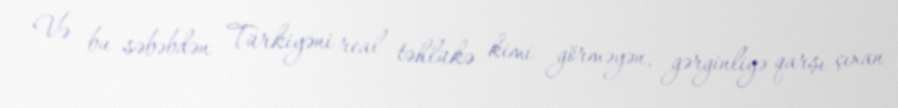
Və bu səbəbdən Türkiyəni real təhlükə kimi görməyən, gərginliyə qarşı çıxan